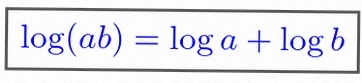
\log(ab)=\log a+\log b